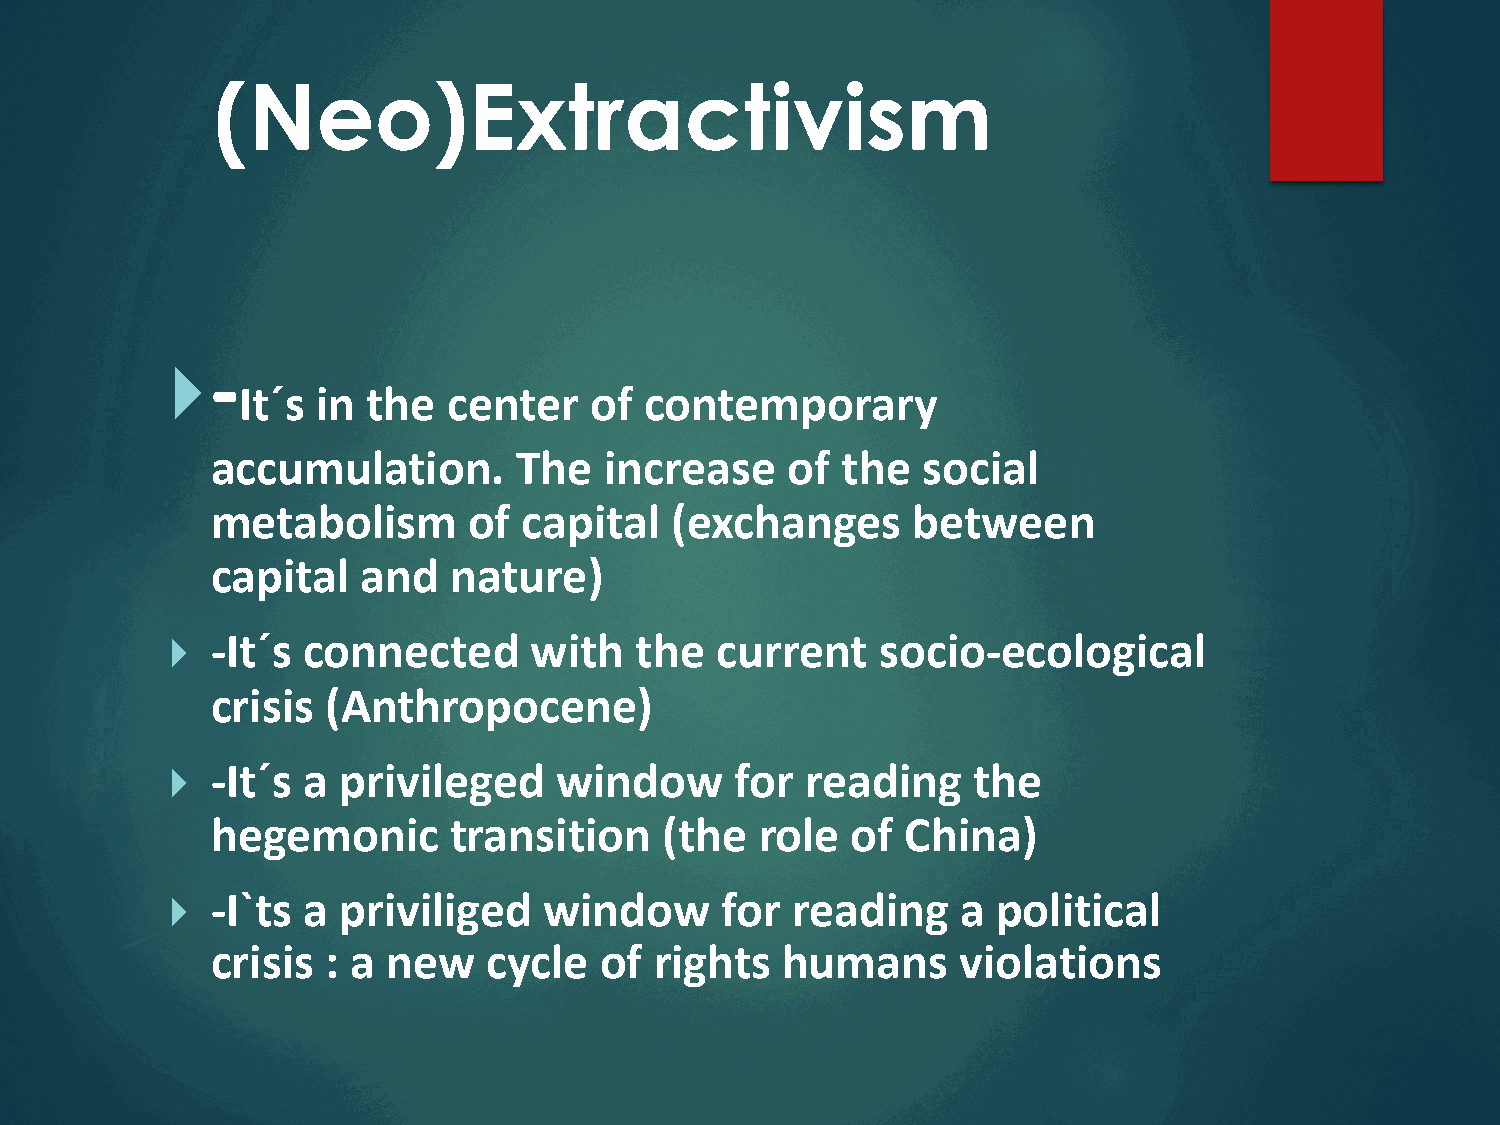
(Neo)Extractivism
 -
 }
 It´s in the   center   of  contemporary
 accumulation.       The   increase    of  the  social
 metabolism       of  capital  (exchanges      between
 capital   and   nature)
 }  -It´s connected      with   the  current    socio-ecological
 crisis  (Anthropocene)
 }  -It´s a privileged     window      for reading    the
 hegemonic       transition    (the  role  of  China)
 }  -I`ts a priviliged    window      for reading     a political
 crisis  : a new   cycle   of rights   humans      violations